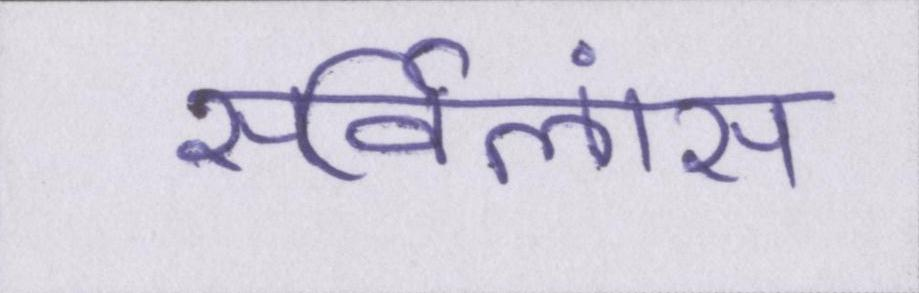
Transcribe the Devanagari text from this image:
सर्विलांस